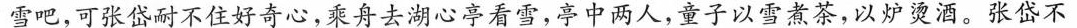
雪吧，可张岱耐不住好奇心，乘舟去湖心亭看雪，亭中两人，童子以雪煮茶，以炉烫酒。张岱不